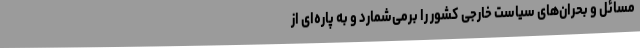
مسائل و بحران‌های سیاست خارجی کشور را برمی‌شمارد و به پاره‌ای از